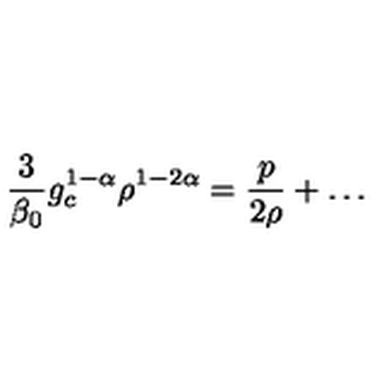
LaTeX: \frac { 3 } { \beta _ { 0 } } g _ { c } ^ { 1 - \alpha } \rho ^ { 1 - 2 \alpha } = \frac { p } { 2 \rho } + \ldots \,